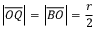
\left| { \overline { { O Q } } } \right| = \left| { \overline { { B O } } } \right| = { \frac { r } { 2 } }